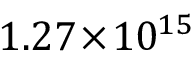
1 . 2 7 \! \times \! 1 0 ^ { 1 5 }